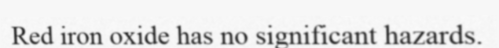
Red iron oxide has no significant hazards.